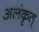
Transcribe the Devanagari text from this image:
अलंकृत्‌